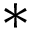
*